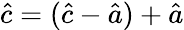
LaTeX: {\hat{c}}=({\hat{c}}-{\hat{a}})+{\hat{a}}